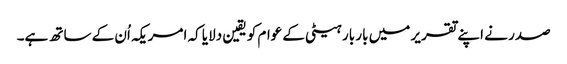
صدر نے اپنے تقریر میں بار بار ہیٹی کے عوام کو یقین دلایا کہ امریکہ اُن کے ساتھ ہے۔